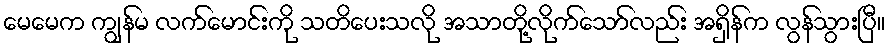
မေမေက ကျွန်မ လက်မောင်းကို သတိပေးသလို အသာတို့လိုက်သော်လည်း အရှိန်က လွန်သွားပြီ။